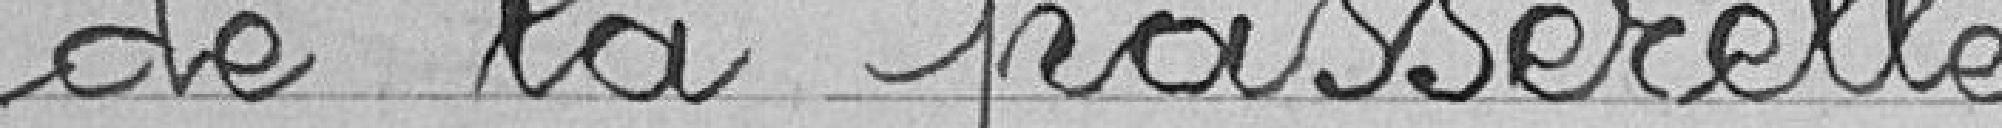
de la passerelle